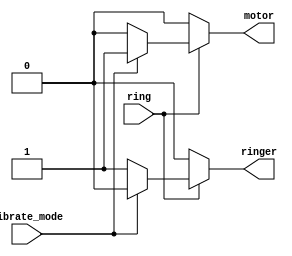
module top_module (
    input ring,
    input vibrate_mode,
    output ringer,       // Make sound
    output motor         // Vibrate
);
reg motor_reg;
reg ringer_reg;
always @(*)begin
    if(ring)begin
        if(vibrate_mode)begin
            motor_reg = 1;
            ringer_reg = 0;
        end
        else begin
            ringer_reg = 1;
            motor_reg = 0;
        end
    end
    else begin
        motor_reg = 0;
        ringer_reg = 0;
    end
end
assign ringer = ringer_reg;
assign motor = motor_reg;

endmodule